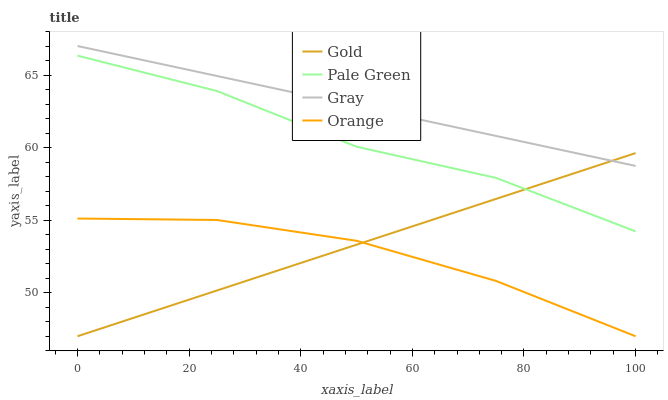
| xaxis_label | Gold | Pale Green | Gray | Orange |
 | --- | --- | --- | --- | --- |
 | 0 | 47 | 66.3 | 67 | 55.1 |
 | 25 | 50.2 | 63.9 | 64.9 | 55 |
 | 50 | 53.3 | 60.1 | 62.9 | 53.6 |
 | 75 | 56.5 | 57.9 | 60.8 | 50.8 |
 | 100 | 59.6 | 54.2 | 58.7 | 47 |